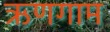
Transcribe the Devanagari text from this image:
ऋणगाम